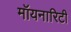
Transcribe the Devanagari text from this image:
मॉयनारिटी